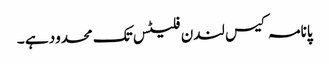
پانامہ کیس لندن فلیٹس تک محدود ہے ۔